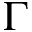
\Gamma